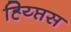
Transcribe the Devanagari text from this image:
ह्य्प्तिस